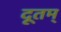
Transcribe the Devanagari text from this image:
दूतम्